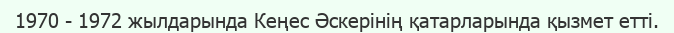
1970 - 1972 жылдарында Кеңес Әскерінің қатарларында қызмет етті.